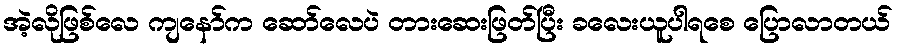
အဲ့လိုဖြစ်လေ ကျနော်က ဆော်လေပဲ တားဆေးဖြတ်ပြီး ခလေးယူပါရစေ ပြောလာတယ်